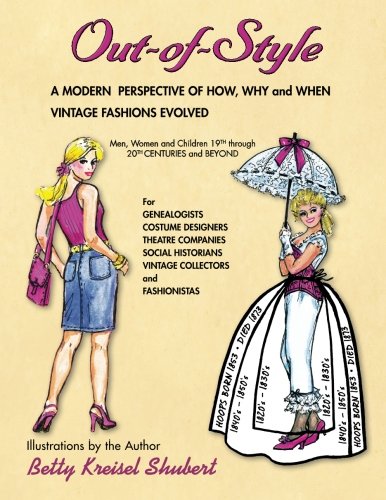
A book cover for OUT-of-STYLE: A Modern Perspective of How, Why and When Vintage Fashions Evolved; Betty Kreisel Shubert; Crafts, Hobbies & Home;